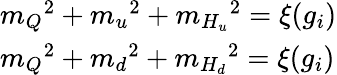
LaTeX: \begin{array}{l}{{{m_{Q}}^{2}+{m_{u}}^{2}+{m_{H_{u}}}^{2}=\xi({g_{i}})}}\\ {{{m_{Q}}^{2}+{m_{d}}^{2}+{m_{H_{d}}}^{2}=\xi({g_{i}})}}\end{array}